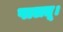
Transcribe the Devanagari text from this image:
पालतू।